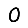
Digit: 0